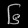
Digit: ၆